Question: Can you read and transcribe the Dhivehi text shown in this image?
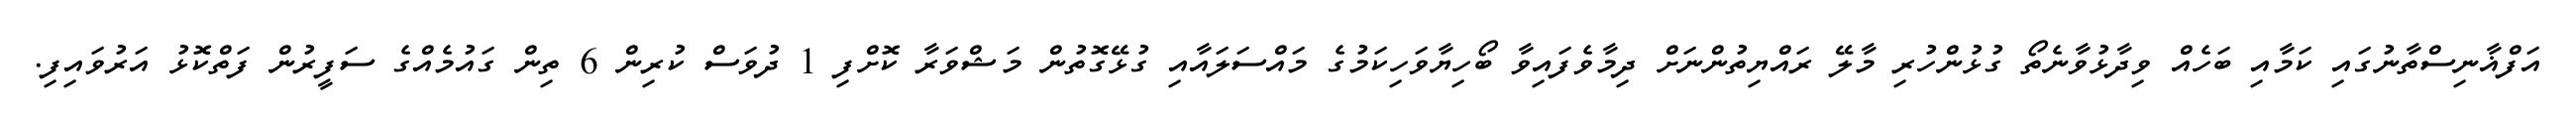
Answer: އަފްޣާނިސްތާނުގައި ކަމާއި ބަހެއް ވިދާޅުވާނެތޯ ގުޅުންހުރި މާލޭ ރައްޔިތުންނަށް ދިމާވެފައިވާ ބޯހިޔާވަހިކަމުގެ މައްސަލައާއި ގުޅޭގޮތުން މަޝްވަރާ ކޮށްފި 1 ދުވަސް ކުރިން 6 ތިން ގައުމެއްގެ ސަފީރުން ފަތްކޮޅު އަރުވައިފި.